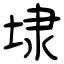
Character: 埭